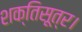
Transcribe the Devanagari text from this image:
शक्तिसूत्र।